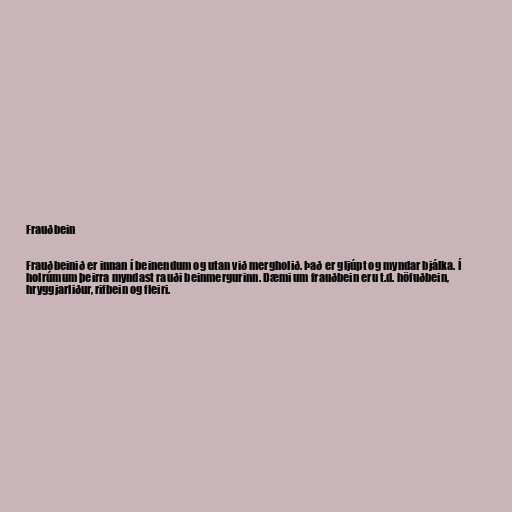
Frauðbein

Frauðbeinið er innan í beinendum og utan við mergholið. Það er gljúpt og myndar bjálka. Í
holrúmum þeirra myndast rauði beinmergurinn. Dæmi um frauðbein eru t.d. höfuðbein,
hryggjarliður, rifbein og fleiri.